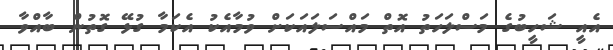
އެއީ ޝަހީބުގެ މަސްލަހަތު އޮތް މައްސަލައަކަށް ވުމާއެކު އެކަމާ ގުޅޭ ގޮތުން ބާއްވާ